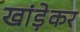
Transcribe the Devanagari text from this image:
खांड़ेकर